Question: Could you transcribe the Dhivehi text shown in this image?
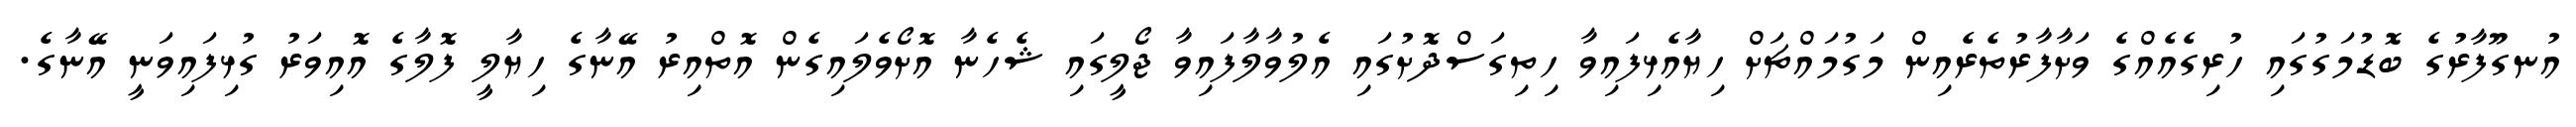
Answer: އުނގޫފާރުގެ ބޮޑުމަގުގައި ހުރިގެއެއްގެ ވަށާފާރުތެރެއިން މަގުމައްޗަށް ހިޔާއެޅިފައިވާ ހިތިގަސްދޮށުގައި އެލުވާލާފައިވާ ޖޯލީގައި ޝެހެނާ އޮށޯވެލައިގެން އޮތްއިރު އޭނާގެ ހިޔާލީ ފޮލާގެ އޮއިވަރު ގުޅިފައިވަނީ އޭނާގެ.